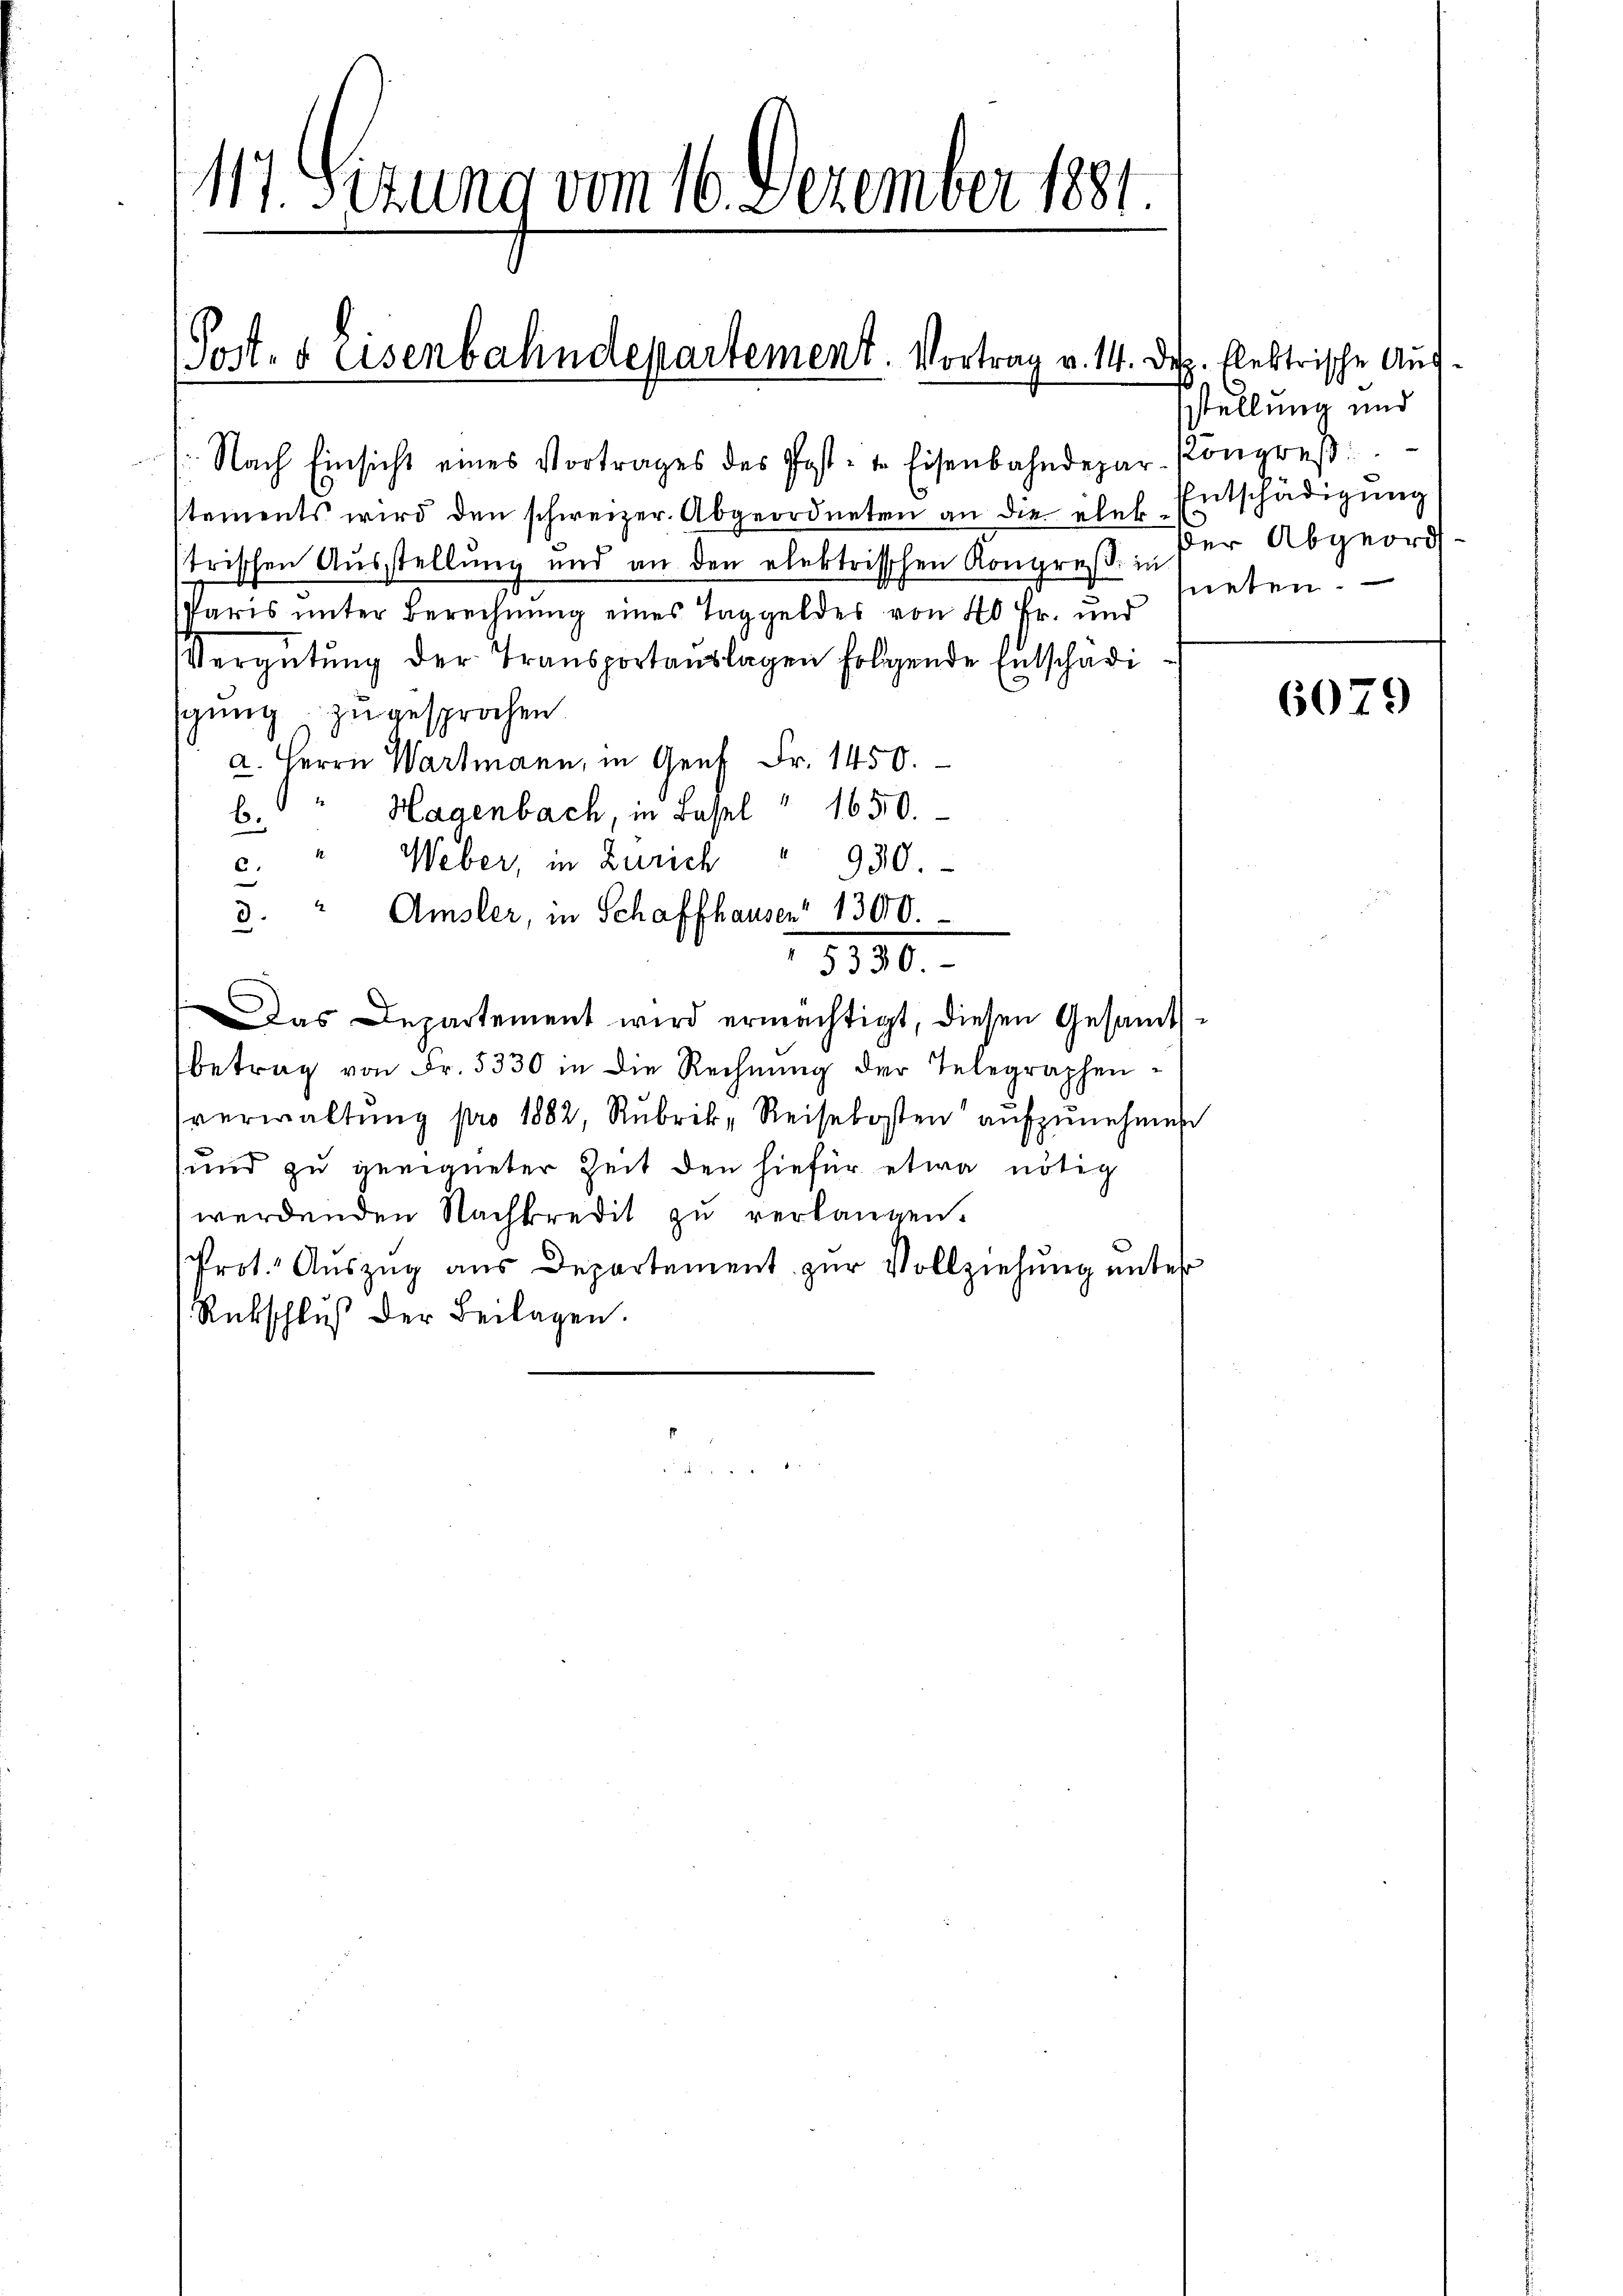
117. Sizung vom 16. Dezember 1881.

Post- & Eisenbahndepartement. Vortrag v. 14. Dez. Elektrische Auf¬

/. Nach Einsicht eines Vortrages des Post- u. Eisenbahndepar-Kongreß
stements wird den schweizer. Abgeordneten an die ehel. Entschädigŭng
strischen Ausstellung und an den elektrisschen Kongreß in
Varis unter Berechnung eines Taggeldes von 40 Fr. und
Vergütŭng der Transportaŭslagen folgende Entschädi
sgung zu gesprochen
a. Herrn Wartmann, in Genf Fr. 1450.
b. " Hagenbach, in Basel " 1650.
Weber, in Zürich
930.
c.
3.
Amsler, in Schaffhausen 1300.
e
5330.
Das Departement wird ermächtigt, diesen Gesamts-
betrag von Fr. 5330 in die Rechnŭng der Telegraphen-
verwaltŭng pro 1882, Rubrik, Reisekosten aŭfzŭnehmen
und zu geeigneter Zeit den hiefür etwa nötig
werdenden Nachkredit zu verlangen.
Prot. Auszug aus Departement zur Vollziehung unter
Rückschluß der Beilagen.

stellung und
der Abgeord
neten.

6079